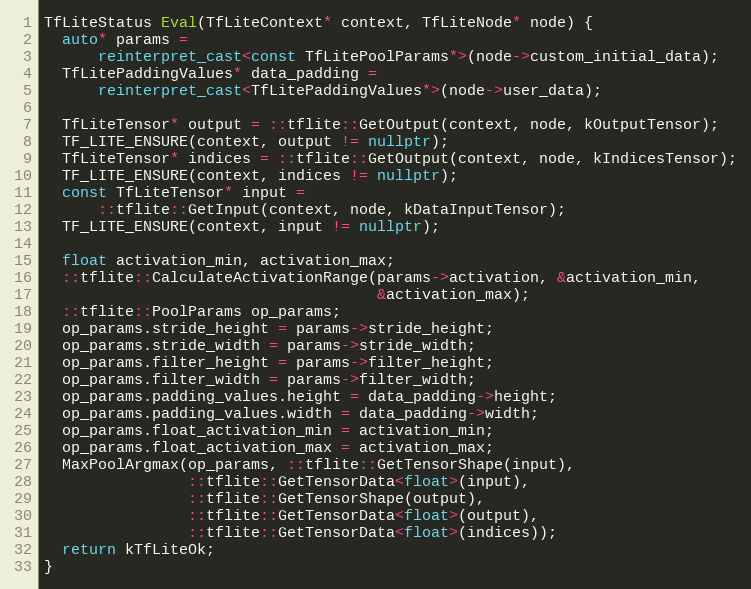
Language: C++
TfLiteStatus Eval(TfLiteContext* context, TfLiteNode* node) {
  auto* params =
      reinterpret_cast<const TfLitePoolParams*>(node->custom_initial_data);
  TfLitePaddingValues* data_padding =
      reinterpret_cast<TfLitePaddingValues*>(node->user_data);

  TfLiteTensor* output = ::tflite::GetOutput(context, node, kOutputTensor);
  TF_LITE_ENSURE(context, output != nullptr);
  TfLiteTensor* indices = ::tflite::GetOutput(context, node, kIndicesTensor);
  TF_LITE_ENSURE(context, indices != nullptr);
  const TfLiteTensor* input =
      ::tflite::GetInput(context, node, kDataInputTensor);
  TF_LITE_ENSURE(context, input != nullptr);

  float activation_min, activation_max;
  ::tflite::CalculateActivationRange(params->activation, &activation_min,
                                     &activation_max);
  ::tflite::PoolParams op_params;
  op_params.stride_height = params->stride_height;
  op_params.stride_width = params->stride_width;
  op_params.filter_height = params->filter_height;
  op_params.filter_width = params->filter_width;
  op_params.padding_values.height = data_padding->height;
  op_params.padding_values.width = data_padding->width;
  op_params.float_activation_min = activation_min;
  op_params.float_activation_max = activation_max;
  MaxPoolArgmax(op_params, ::tflite::GetTensorShape(input),
                ::tflite::GetTensorData<float>(input),
                ::tflite::GetTensorShape(output),
                ::tflite::GetTensorData<float>(output),
                ::tflite::GetTensorData<float>(indices));
  return kTfLiteOk;
}